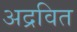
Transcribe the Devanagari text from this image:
अद्रवित